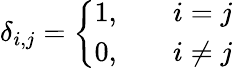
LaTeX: \delta_{i,j}=\left\{ {\begin{array}{lll}{1,}&{}&{i=j}\\ {0,}&{}&{i\neq j}\end{array}}\right.